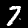
Digit: 7